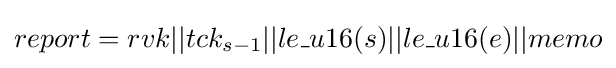
report=rvk||tck_{s-1}||le\_u16(s)||le\_u16(e)||memo